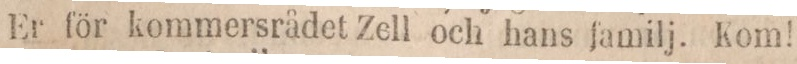
Er för kommersrådet Zell och hans familj. Kom!